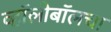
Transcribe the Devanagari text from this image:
व्हॉलीबॉलचा